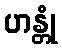
ဟန္တုံ